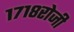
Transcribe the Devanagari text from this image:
१७१८रोजी